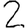
Digit: 2